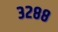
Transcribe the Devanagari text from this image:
३२८८